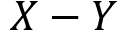
X - Y